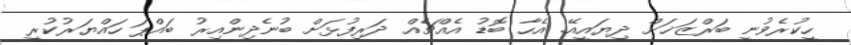
ހީކުރެވުނީ ބަރްޒަޚަށް ދިޔައީއޭ. އެހާ ބޮޑު އެއްޗެއް ދަރިފުޅަށް ބުނެދިންއިރު ބައްޕަ ހައްޔަރުކުރީ